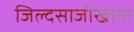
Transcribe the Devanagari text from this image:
जिल्दसाजीखाना